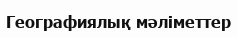
Географиялық мәліметтер